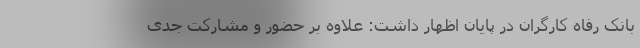
بانک رفاه کارگران در پایان اظهار داشت: علاوه بر حضور و مشارکت جدی